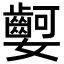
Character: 𡤫